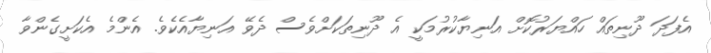
އެފަދަ ދޫނިތައް ހައްޔަރުކޮށް އަނިޔާކުރުމަކީ އެ ދޫނިތަކަށްވެސް ދެވޭ އަނިޔާއެކެވެ. އެންމެ އެކަށީގެންވާ